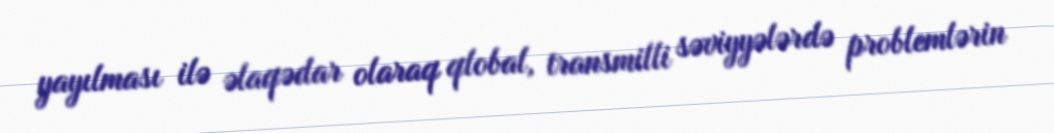
yayılması ilə əlaqədar olaraq qlobal, transmilli səviyyələrdə problemlərin